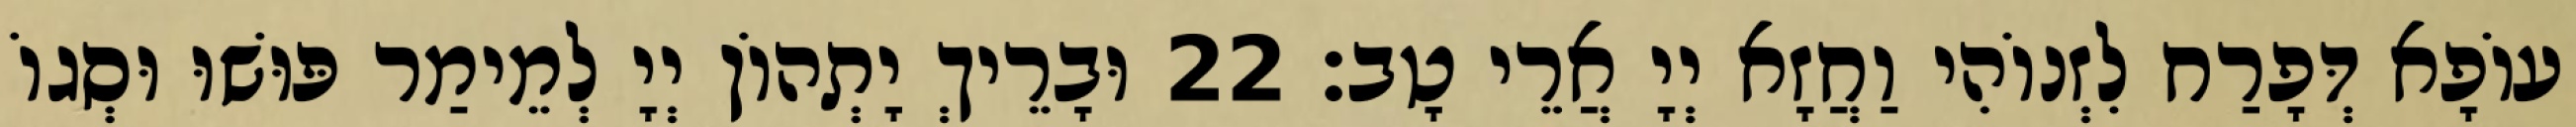
עוֹפָא דְּפָרַח לִזְנוֹהִי וַחֲזָא יְיָ אֲרֵי טָב׃ 22 וּבָרֵיךְ יָתְהוֹן יְיָ לְמֵימַר פּוּשׁוּ וּסְגוֹ